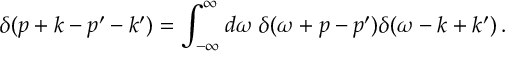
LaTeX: \delta ( p + k - p ^ { \prime } - k ^ { \prime } ) = \int _ { - \infty } ^ { \infty } d \omega \; \delta ( \omega + p - p ^ { \prime } ) \delta ( \omega - k + k ^ { \prime } ) \, .